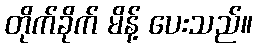
တိုက်ခိုက် မိန့် ပေးသည်။